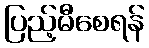
ပြည့်မီစေရန်